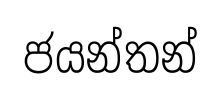
ජයන්තන්